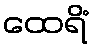
ထေရိံ